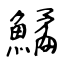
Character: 鱊